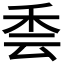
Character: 𮂳